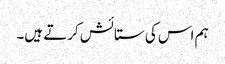
ہم اس کی ستائش کرتے ہیں۔